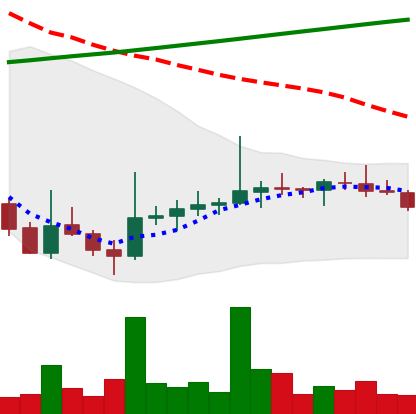
Ticker: DOGE-USD
Chart end date: 2021-08-03
Forward return: 22.493%
Label: up_7plus